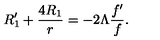
R _ { 1 } ^ { \prime } + \frac { 4 R _ { 1 } } { r } = - 2 \Lambda \frac { f ^ { \prime } } { f } .